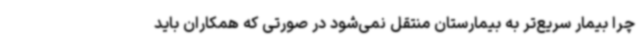
چرا بیمار سریع‌تر به بیمارستان منتقل نمی‌شود در صورتی که همکاران باید